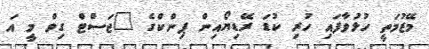
މޭޒުމަތީ ހުޅުވާފައި ހުރި ކުޑަ ރޭޑިޔޯއިން ޕިންކްގެ "ޖަސްޓް ގިވް މީ އަ